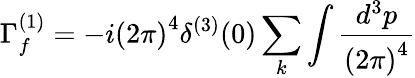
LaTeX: \Gamma_{f}^{(1)}=-i\left(2\pi\right)^{4}\delta^{(3)}(0)\sum_{k}\int\frac{d^{3}p}{\left(2\pi\right)^{4}}